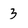
Character: 3